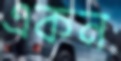
একন